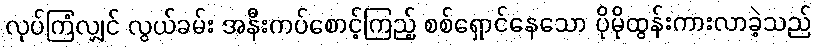
လုပ်ကြံလျှင် လွယ်ခမ်း အနီးကပ်စောင့်ကြည့် စစ်ရှောင်နေသော ပိုမိုထွန်းကားလာခဲ့သည်